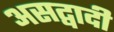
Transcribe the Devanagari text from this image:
असद्वादी